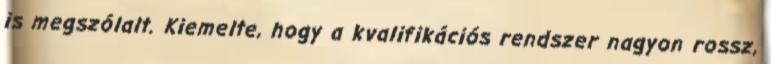
is megszólalt. Kiemelte, hogy a kvalifikációs rendszer nagyon rossz,